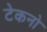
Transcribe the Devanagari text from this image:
टेकनो